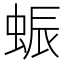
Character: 蜄